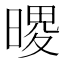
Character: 𪰺